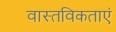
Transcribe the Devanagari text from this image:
वास्तविकताएं